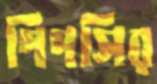
গিগসির